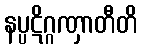
နပ္ပဋိဂ္ဂဏှာတီတိ